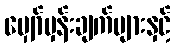
မျှော်မှန်းချက်များနှင့်